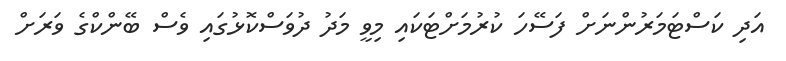
އަދި ކަސްޓަމަރުންނަށް ފަސޭހަ ކުރުމަށްޓަކައި މިވީ މަދު ދުވަސްކޮޅުގައި ވެސް ބޭންކްގެ ވަރަށް